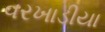
વરખાડીયા